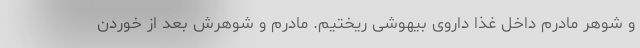
و شوهر مادرم داخل غذا داروی بیهوشی ریختیم. مادرم و شوهرش بعد از خوردن